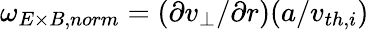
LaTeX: \omega_{E\times B,norm}=(\partial v_{\perp}/\partial r)(a/v_{th,i})